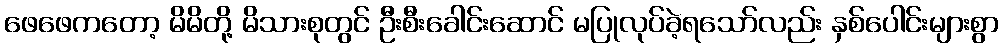
ဖေဖေကတော့ မိမိတို့ မိသားစုတွင် ဦးစီးခေါင်းဆောင် မပြုလုပ်ခဲ့ရသော်လည်း နှစ်ပေါင်းများစွာ